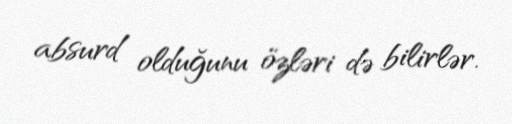
absurd olduğunu özləri də bilirlər.